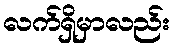
လက်ရှိမှာလည်း